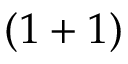
( 1 + 1 )